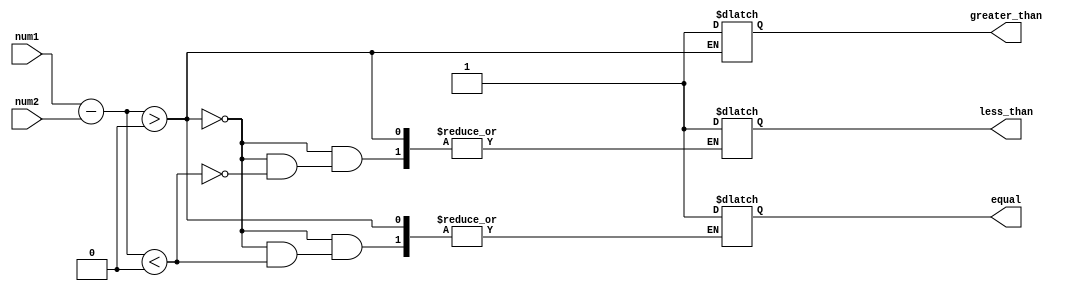
module Unsigned_Comparator (
    input wire [7:0] num1,
    input wire [7:0] num2,
    output reg greater_than,
    output reg less_than,
    output reg equal
);

reg [7:0] difference;

// Subtract the two numbers
always @(*) begin
    difference = num1 - num2;
end

// Determine comparison result
always @(*) begin
    if (difference > 0)
        greater_than = 1;
    else if (difference < 0)
        less_than = 1;
    else
        equal = 1;
end

endmodule